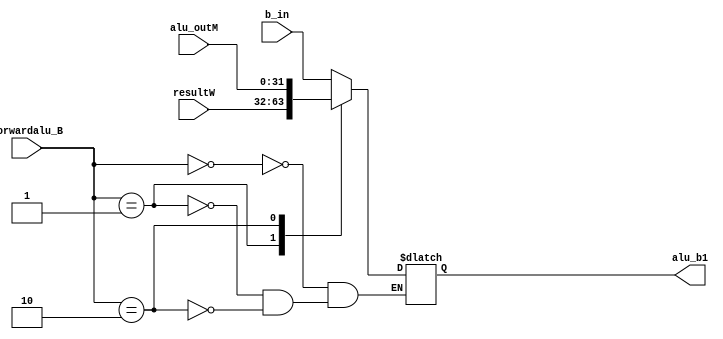
`timescale 1ns / 1ps
//////////////////////////////////////////////////////////////////////////////////
// Company: 
// Engineer: 
// 
// Design Name: 
// Module Name: MFB
// Project Name: 
// Target Devices: 
// Tool Versions: 
// Description: 
// 
// Dependencies: 
// 
// Revision:
// Revision 0.01 - File Created
// Additional Comments:
// 
//////////////////////////////////////////////////////////////////////////////////


module MFB(
    input[1:0] forwardalu_B,
    input[31:0] b_in,
    input[31:0] resultW,
    input[31:0] alu_outM,
    output reg[31:0] alu_b1
    );
    always @(*) begin
        case(forwardalu_B)
            0: alu_b1 <= b_in;
            1: alu_b1 <= resultW;//WEALU
            2: alu_b1 <= alu_outM;//MEALU
        endcase
    end
endmodule